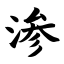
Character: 渗